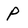
Character: P